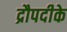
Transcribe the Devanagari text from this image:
द्रौपदीके